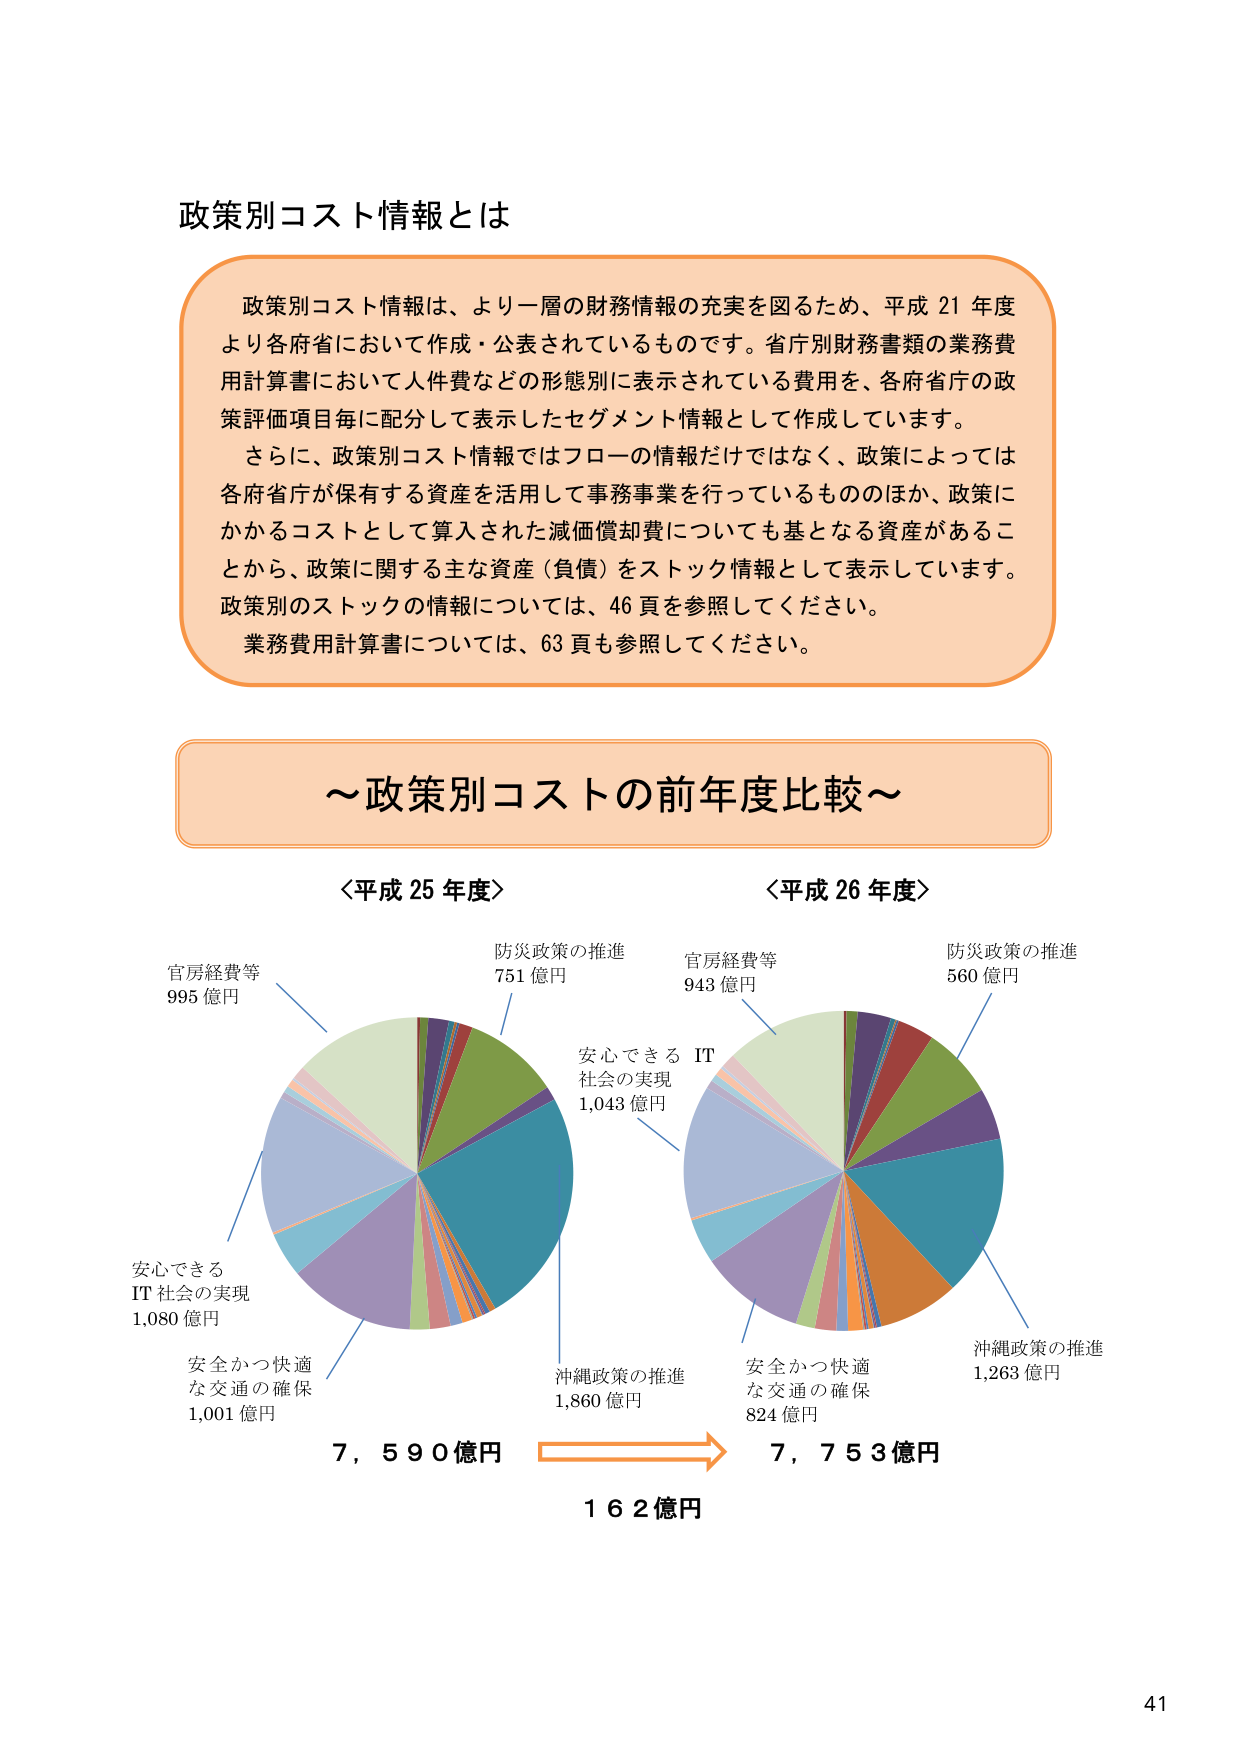
政策別コスト情報とは

政策別コスト情報は、より一層の財務情報の充実を図るため、平成21年度より各府省において作成・公表されているものです。省庁別財務書類の業務費用計算書において人件費などの形態別に表示されている費用を、各府省庁の政策評価項目毎に配分して表示したセグメント情報として作成しています。
さらに、政策別コスト情報ではフローの情報だけではなく、政策によっては各府省庁が保有する資産を活用して事務事業を行っているもののほか、政策にかかるコストとして算入された減価償却費についても基となる資産があることから、政策に関する主な資産（負債）をストック情報として表示しています。政策別のストックの情報については、46頁を参照してください。
業務費用計算書については、63頁も参照してください。

～政策別コストの前年度比較～

〈平成25年度〉
官房経費等 995億円
防災政策の推進 751億円
安心できるIT社会の実現 1,080億円
安全かつ快適な交通の確保 1,001億円
沖縄政策の推進 1,860億円
7,590億円

〈平成26年度〉
官房経費等 943億円
防災政策の推進 560億円
安心できるIT社会の実現 1,043億円
安全かつ快適な交通の確保 824億円
沖縄政策の推進 1,263億円
7,753億円

162億円

41